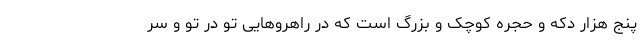
پنج هزار دکه و حجره کوچک و بزرگ است که در راهروهایی تو در تو و سر